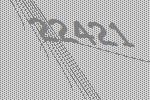
22421